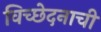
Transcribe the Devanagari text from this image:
विच्छेदनाची